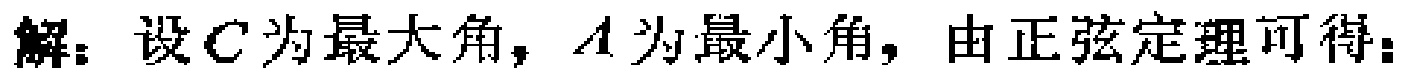
解：设\(C\)为最大角，\(A\)为最小角，由正弦定理可得：